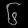
Digit: ၆